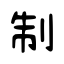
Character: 制